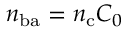
n _ { \mathrm { b a } } = n _ { \mathrm { c } } C _ { 0 }